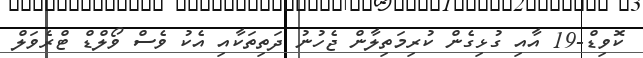
ކޮވިޑް-19 އާއި ގުޅިގެން ކުރިމަތިލާން ޖެހުނު ދަތިތަކާއި އެކު ވެސް ވޯލްޑް ޓްރެވަލް